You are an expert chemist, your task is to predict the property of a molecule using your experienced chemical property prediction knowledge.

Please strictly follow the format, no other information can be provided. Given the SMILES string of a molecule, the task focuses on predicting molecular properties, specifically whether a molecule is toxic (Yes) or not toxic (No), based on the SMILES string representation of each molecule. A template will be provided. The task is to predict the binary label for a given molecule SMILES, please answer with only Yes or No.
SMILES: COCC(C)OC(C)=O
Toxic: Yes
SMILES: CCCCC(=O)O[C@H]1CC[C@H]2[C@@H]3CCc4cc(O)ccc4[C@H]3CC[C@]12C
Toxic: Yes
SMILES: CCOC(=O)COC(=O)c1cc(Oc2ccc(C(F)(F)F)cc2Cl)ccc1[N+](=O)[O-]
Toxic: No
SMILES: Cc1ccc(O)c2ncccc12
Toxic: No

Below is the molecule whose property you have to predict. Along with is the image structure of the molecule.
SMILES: BrC(Br)C(Br)Br
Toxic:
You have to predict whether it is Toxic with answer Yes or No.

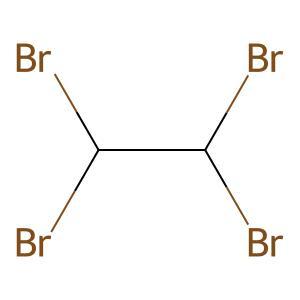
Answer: No